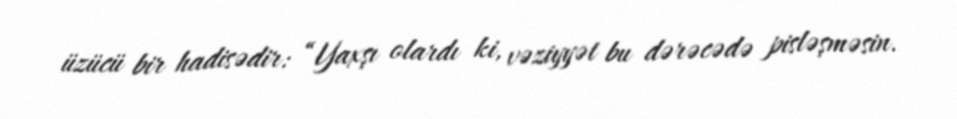
üzücü bir hadisədir: “Yaxşı olardı ki, vəziyyət bu dərəcədə pisləşməsin.